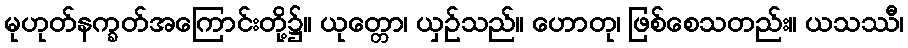
မုဟုတ်နက္ခတ်အကြောင်းတို့၌။ ယုတ္တော၊ ယှဉ်သည်။ ဟောတု၊ ဖြစ်စေသတည်း။ ယသဿီ၊